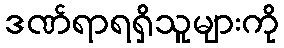
ဒဏ်ရာရရှိသူများကို